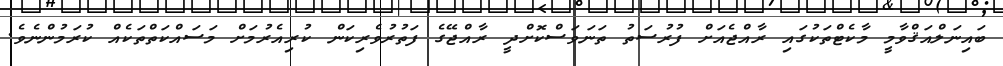
ބައިނަލްއަޤްވާމީ މާކެޓްތަކުގައި ރާއްޖެއަށް ފުރުސަތު ތަނަވަސްކޮށްދީ ރާއްޖޭގެ ފަތުރުވެރިކަން ކުރިއެރުމަށް މަސައްކަތްތަކެއް ކުރަމުންނެވެ.